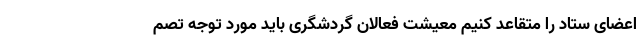
اعضای ستاد را متقاعد کنیم معیشت فعالان گردشگری باید مورد توجه تصم